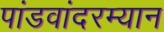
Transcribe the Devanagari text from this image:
पांडवांदरम्यान